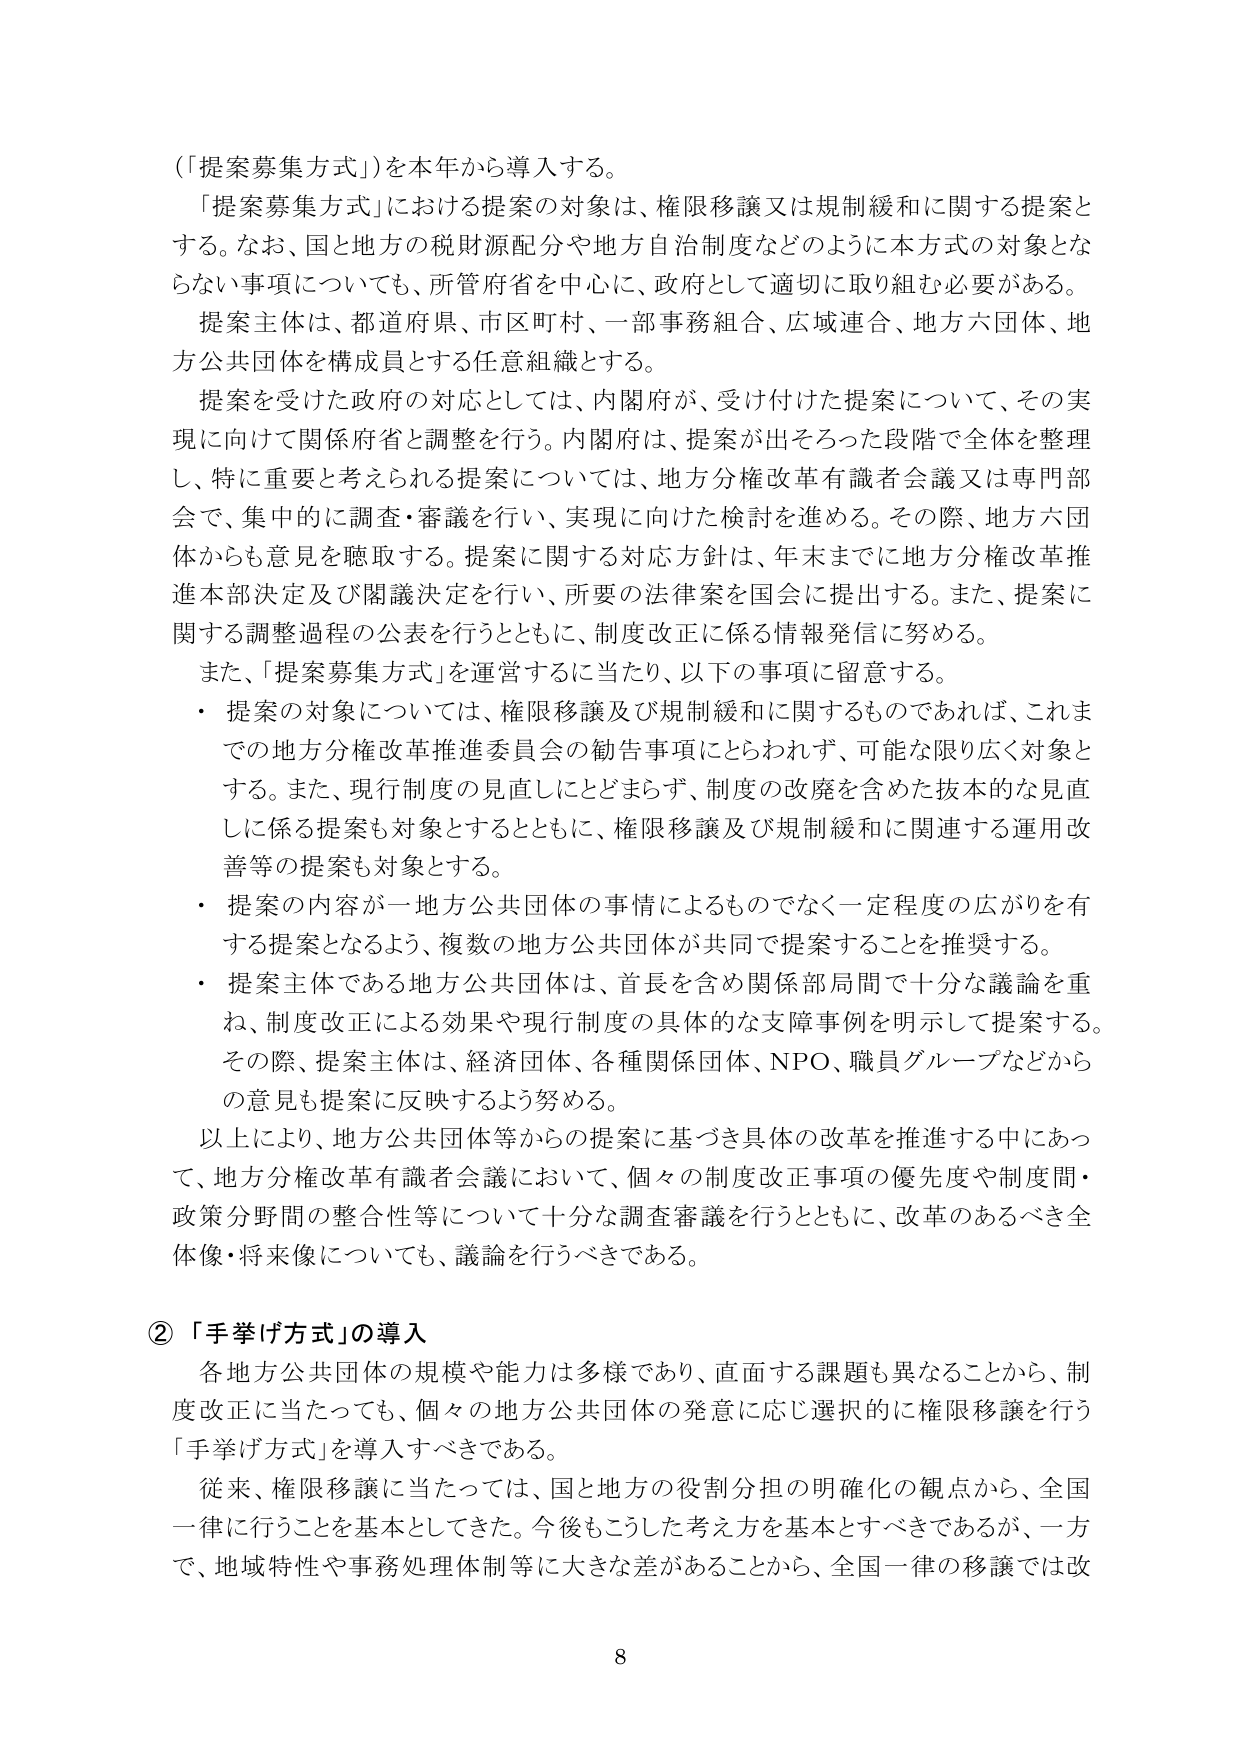
（「提案募集方式」）を本年から導入する。

「提案募集方式」における提案の対象は、権限移譲又は規制緩和に関する提案とする。なお、国と地方の税財源配分や地方自治制度などのように本方式の対象とならない事項についても、所管府省を中心に、政府として適切に取り組む必要がある。

提案主体は、都道府県、市区町村、一部事務組合、広域連合、地方六団体、地方公共団体を構成員とする任意組織とする。

提案を受けた政府の対応としては、内閣府が、受け付けた提案について、その実現に向けて関係府省と調整を行う。内閣府は、提案が出そろった段階で全体を整理し、特に重要と考えられる提案については、地方分権改革有識者会議又は専門部会で、集中的に調査・審議を行い、実現に向けた検討を進める。その際、地方六団体からも意見を聴取する。提案に関する対応方針は、年末までに地方分権改革推進本部決定及び閣議決定を行い、所要の法律案を国会に提出する。また、提案に関する調整過程の公表を行うとともに、制度改正に係る情報発信に努める。

また、「提案募集方式」を運営するに当たり、以下の事項に留意する。

・ 提案の対象については、権限移譲及び規制緩和に関するものであれば、これまでの地方分権改革推進委員会の勧告事項にとらわれず、可能な限り広く対象とする。また、現行制度の見直しにとどまらず、制度の改廃を含めた抜本的な見直しに係る提案も対象とするとともに、権限移譲及び規制緩和に関連する運用改善等の提案も対象とする。

・ 提案の内容が一地方公共団体の事情によるものでなく一定程度の広がりを有する提案となるよう、複数の地方公共団体が共同で提案することを推奨する。

・ 提案主体である地方公共団体は、首長を含め関係部局間で十分な議論を重ね、制度改正による効果や現行制度の具体的な支障事例を明示して提案する。その際、提案主体は、経済団体、各種関係団体、NPO、職員グループなどからの意見も提案に反映するよう努める。

以上により、地方公共団体等からの提案に基づき具体的改革を推進する中にあって、地方分権改革有識者会議において、個々の制度改正事項の優先度や制度間・政策分野間の整合性等について十分な調査審議を行うとともに、改革のあるべき全体像・将来像についても、議論を行うべきである。

② 「手挙げ方式」の導入

各地方公共団体の規模や能力は多様であり、直面する課題も異なることから、制度改正に当たっても、個々の地方公共団体の発意に応じ選択的に権限移譲を行う「手挙げ方式」を導入すべきである。

従来、権限移譲に当たっては、国と地方の役割分担の明確化の観点から、全国一律に行うことを基本としてきた。今後もこうした考え方を基本とすべきであるが、一方で、地域特性や事務処理体制等に大きな差があることから、全国一律の移譲では改

8